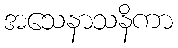
အသေနာသနိကာ